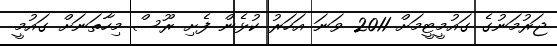
ޖަރުމަނުގެ ގައުމީޓީމަށް 2011 ވަނަ އަހަރު ކުޅެން ފެށި ރޫސް މިހާތަނަށް ގައުމީ